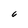
Character: 6